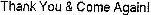
THANK YOU & COME AGAIN!